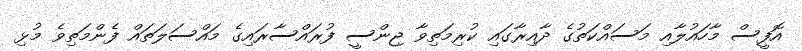
އޮފީސް މާހައުލާއި މަސައްކަތުގެ ދާއިރާގައި ކުރިމަތިވާ ޖިންސީ ފުރައްސާރައިގެ މައްސަލަތައް ފެންމަތިވެ މުޅި